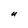
Character: U